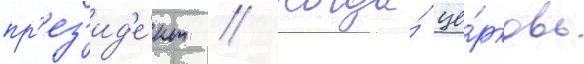
пр'ез'ид'е́нт // Когда́ це́рковь